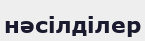
нәсілділер